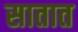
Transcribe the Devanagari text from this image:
सातात